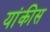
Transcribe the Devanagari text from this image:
यांकीस